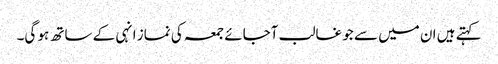
کہتے ہیں ان میں سے جو غالب آجائے جمعہ کی نماز انہی کے ساتھ ہو گی۔